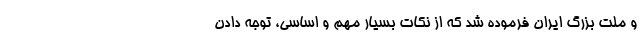
و ملت بزرگ ایران فرموده شد که از نکات بسیار مهم و اساسی، توجه دادن